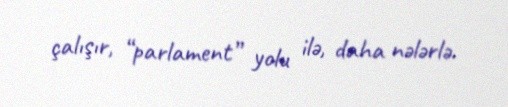
çalışır, “parlament” yolu ilə, daha nələrlə.